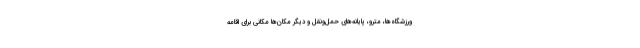
ورزشگاه‌ها، مترو، پایانه‌های حمل‌ونقل و دیگر مکان‌ها مکانی برای اقامه